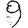
Digit: 9